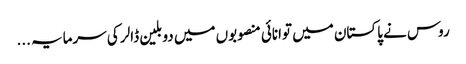
روس نے پاکستان میں توانائی منصوبوں میں دو بلین ڈالر کی سرمایہ ...